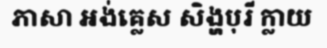
ភាសា អង់គ្លេស សិង្ហបុរី ក្លាយ